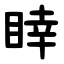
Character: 䁄